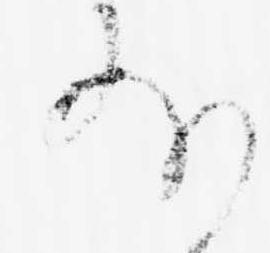
外